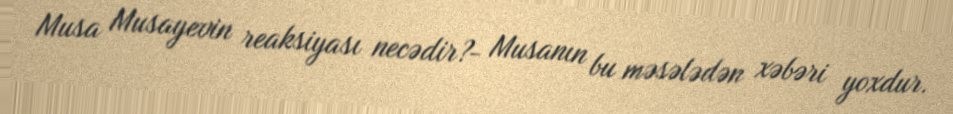
Musa Musayevin reaksiyası necədir?- Musanın bu məsələdən xəbəri yoxdur.